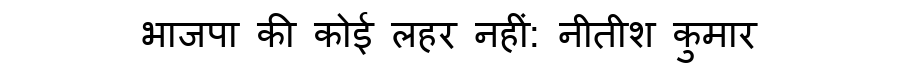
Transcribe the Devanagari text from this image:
भाजपा की कोई लहर नहीं: नीतीश कुमार